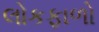
લોકફાળો